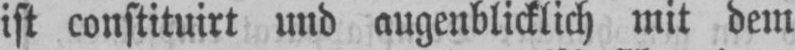
ist constituirt und augenblicklich mit dem